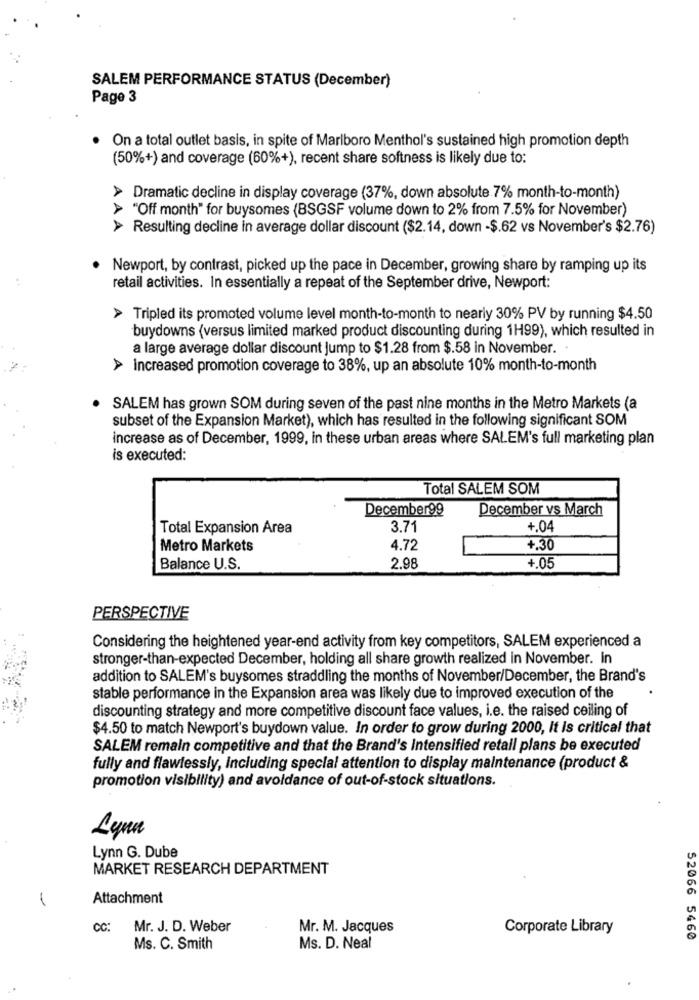
SALEM PERFORMANCE STATUS (December)
Page 3
On a total outlet basis, in spite of Marlboro Menthol's sustained high promotion depth
(50%+) and coverage (60%+), recent share softness is likely due to:
> Dramatic decline in display coverage (37%, down absolute 7% month-to-month)
"Off month" for buysomes (BSGSF volume down to 2% from 7.5% for November)
> Resulting decline in average dollar discount ($2.14, down -$.62 vs November's $2.76)
. Newport, by contrast, picked up the pace in December, growing share by ramping up its
retail activities. In essentially a repeat of the September drive, Newport:
> Tripled its promoted volume level month-to-month to nearly 30% PV by running $4.50
buydowns (versus limited marked product discounting during 1H99), which resulted in
a large average dollar discount Jump to $1.28 from $.58 in November.
> Increased promotion coverage to 38%, up an absolute 10% month-to-month
SALEM has grown SOM during seven of the past nine months in the Metro Markets (a
subset of the Expansion Market), which has resulted in the following significant SOM
increase as of December, 1999, in these urban areas where SALEM's full marketing plan
is executed:
Total SALEM SOM
December99
December vs March
Total Expansion Area
3.71
+.04
Metro Markets
4.72
+.30
Balance U.S.
2.98
+.05
PERSPECTIVE
Considering the heightened year-end activity from key competitors, SALEM experienced a
stronger-than-expected December, holding all share growth realized in November. in
addition to SALEM's buysomes straddling the months of November/December, the Brand's
stable performance in the Expansion area was likely due to improved execution of the
discounting strategy and more competitive discount face values, i.e. the raised ceiling of
$4.50 to match Newport's buydown value. In order to grow during 2000, It is critical that
SALEM remain competitive and that the Brand's Intensified retail plans be executed
fully and flawlessly, including special attention to display maintenance (product &
promotion visibility) and avoidance of out-of-stock situations.
Lyna
Lynn G. Dube
MARKET RESEARCH DEPARTMENT
Attachment
CC:
Mr. J. D. Weber
Mr. M. Jacques
Corporate Library
52066 5460
Ms. C. Smith
Ms. D. Neal